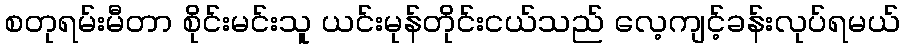
စတုရမ်းမီတာ စိုင်းမင်းသူ ယင်းမုန်တိုင်းငယ်သည် လေ့ကျင့်ခန်းလုပ်ရမယ်